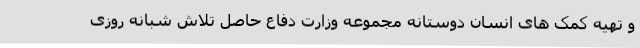
و تهیه کمک های انسان دوستانه مجموعه وزارت دفاع حاصل تلاش شبانه روزی